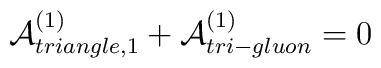
{\cal A}^{(1)}_{triangle,1}+{\cal A}^{(1)}_{tri-gluon}=0